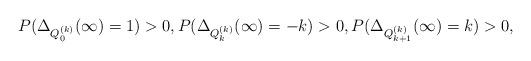
LaTeX: \begin{align*}P(\Delta_{Q_0^{(k)}} (\infty)=1)>0, P(\Delta_{Q_k^{(k)}} (\infty)=-k)>0, P(\Delta_{Q_{k+1}^{(k)}} (\infty)=k)>0,\end{align*}